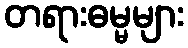
တရားဓမ္မများ